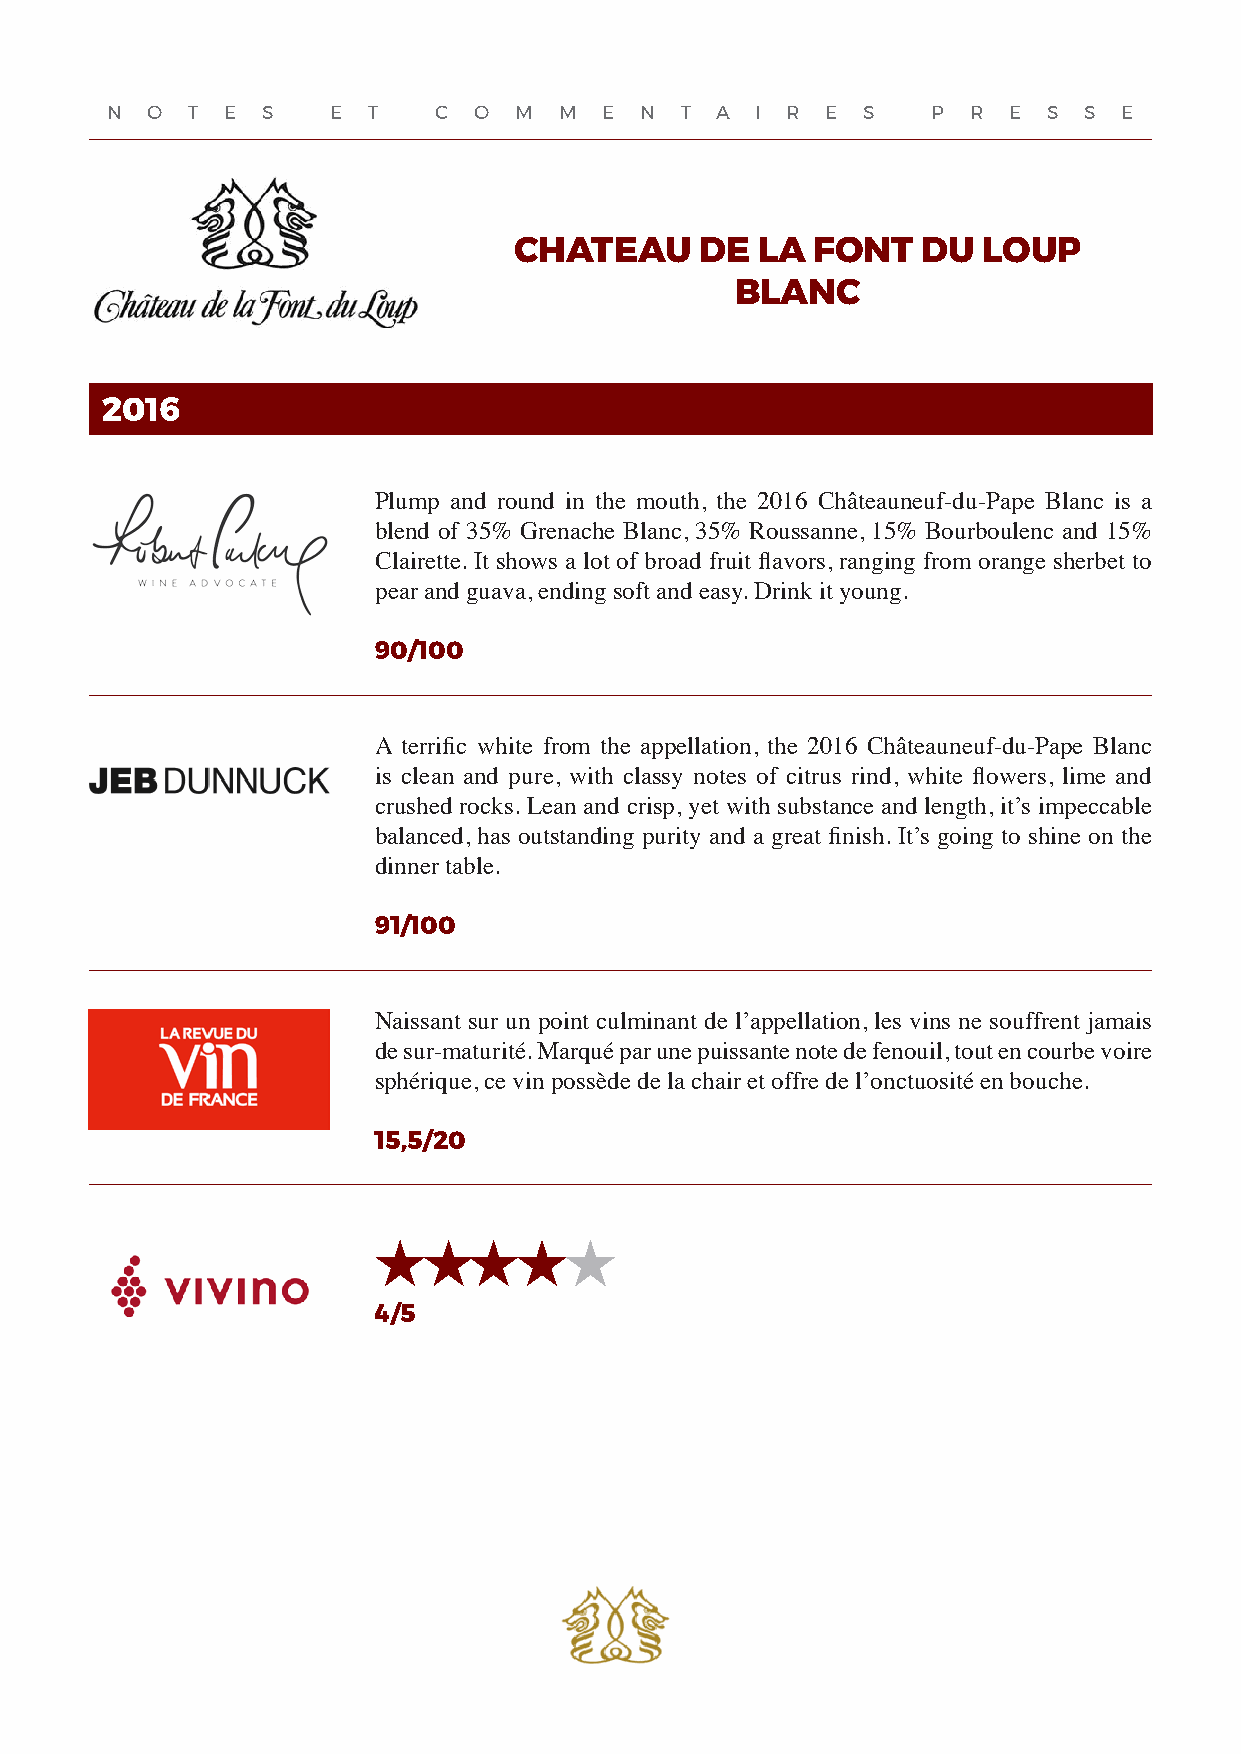
N  O T  E S    E T    C O  M  M  E N  T A  I R  E S    P R  E S  S E
 CHATEAU     DE  LA  FONT   DU  LOUP
 BLANC
 2016
 Plump and round in the mouth, the 2016 Châteauneuf-du-Pape Blanc is a
 blend of 35% Grenache Blanc, 35% Roussanne, 15% Bourboulenc and 15%
 Clairette. It shows a lot of broad fruit flavors, ranging from orange sherbet to
 pear and guava, ending soft and easy. Drink it young.
 90/100
 A terrific white from the appellation, the 2016 Châteauneuf-du-Pape Blanc
 is clean and pure, with classy notes of citrus rind, white flowers, lime and
 crushed rocks. Lean and crisp, yet with substance and length, it’s impeccable
 balanced, has outstanding purity and a great finish. It’s going to shine on the
 dinner table.
 91/100
 Naissant sur un point culminant de l’appellation, les vins ne souffrent jamais
 de sur-maturité. Marqué par une puissante note de fenouil, tout en courbe voire
 sphérique, ce vin possède de la chair et offre de l’onctuosité en bouche.
 15,5/20
 4/5